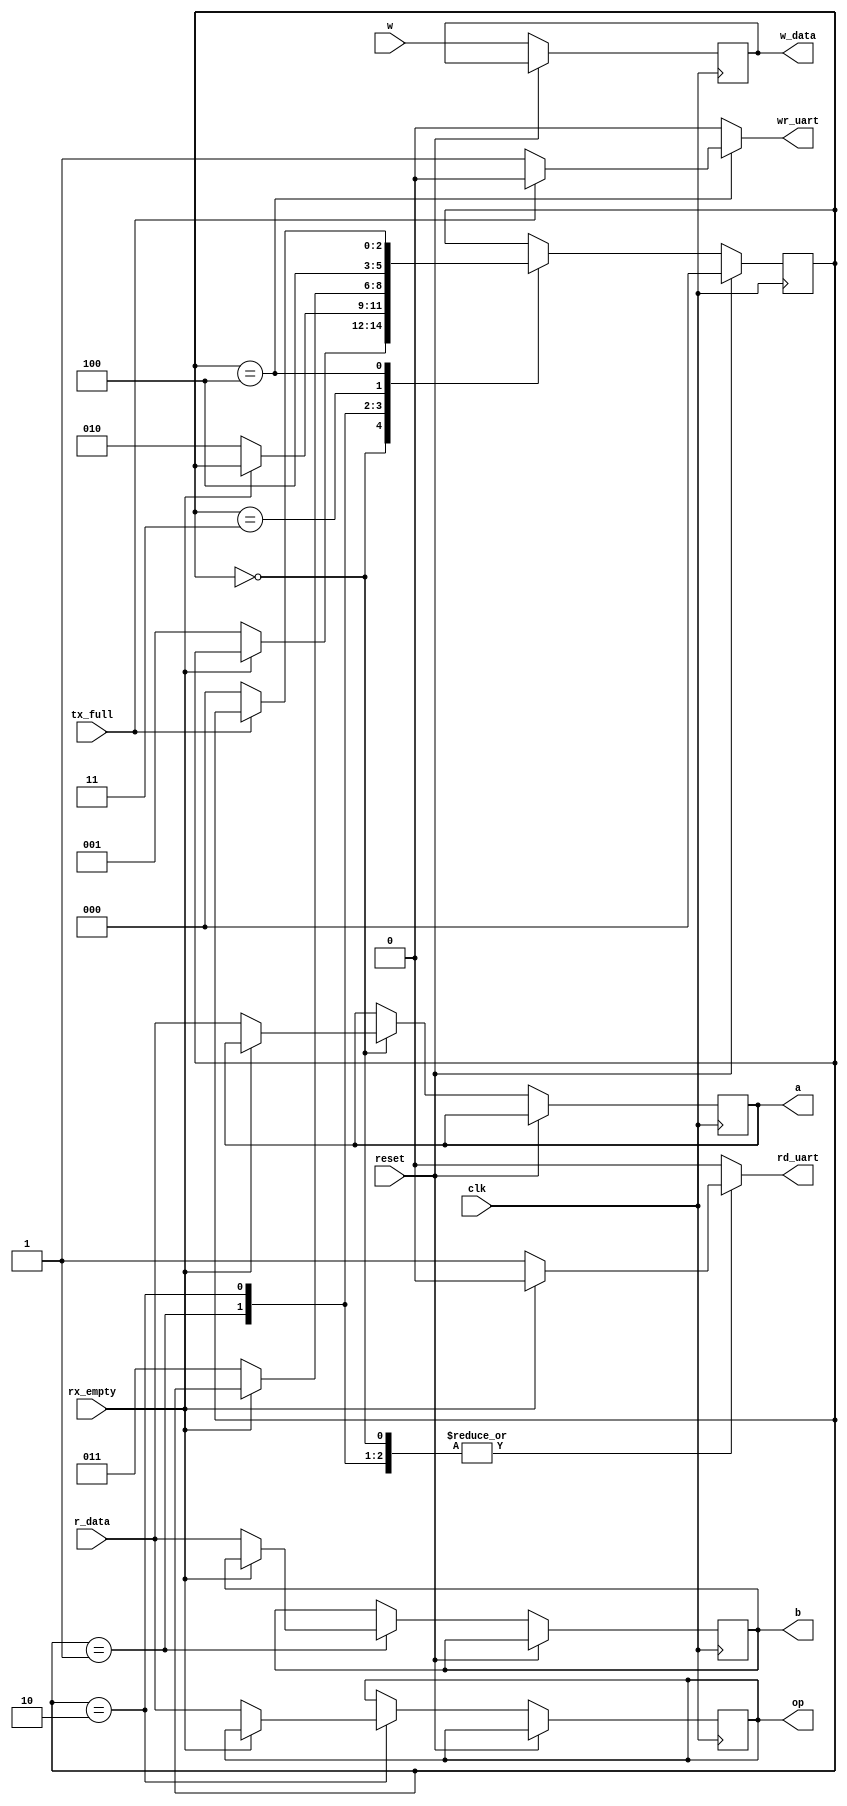
`timescale 1us / 1ns
//////////////////////////////////////////////////////////////////////////////////
// Company: 
// Engineer: 
// 
// Design Name: 
// Module Name:    Uart_Interface 
// Project Name: 
// Target Devices: 
// Tool versions: 
// Description: 
//
// Dependencies: 
//
// Revision: 
// Revision 0.01 - File Created
// Additional Comments: 
//
//////////////////////////////////////////////////////////////////////////////////
module Uart_Interface
#(parameter REG_SIZE=8)
					(  input wire clk, reset, 
						output reg rd_uart, wr_uart, 
						output reg [7:0] w_data , 
						input wire tx_full ,rx_empty, 
						input wire [7:0] r_data,
						
						output reg signed[REG_SIZE-1:0]a,
						output reg signed[REG_SIZE-1:0]b,
						output reg [REG_SIZE-1:0]op,
						input signed [REG_SIZE-1:0]w
					);

//  symbolic state  declaration 
localparam  [2:0]
	num1  =  3'b000, //lectura operando1
	num2  =  3'b001, //lectura operando2
	opr   =  3'b010,//lectura operador
	wr		=  3'b011,//
	send	=	3'b100;//transmito el resultado 
	
//  signal  declaration 
reg [2:0] state, next_state;
reg [REG_SIZE-1:0] a_state, b_state, op_state;

//  FSMD  state  &  data  registers 
always @(posedge clk) 
begin
	if (reset)
		begin
			state <= num1;
		end
	else
		begin
			state <= next_state;
			a <= a_state;
			b <= b_state;
			op <= op_state;
			w_data <= w;
		end
end

always @*
begin
	next_state = state;	
	a_state = a;
	b_state = b;
	op_state = op;
	case(state)
		num1:
			if(~rx_empty)//si el buffer de recepcion esta lleno
				begin
					a_state = r_data;//defino el valor de 'a' para el prox clock
					next_state = num2;//defino siguiente estado para el prox clock
					rd_uart = 1'b1;//bajo el flag del buff_rx (leido)
					wr_uart = 1'b0;//set flag del buff_tx = 0 (todava no transmito)
				end
			else 
				begin
					rd_uart= 1'b0;//de lo contrario espero en el mismo estado para recibir
					wr_uart = 1'b0;
				end
		num2:
			if(~rx_empty)//idem  para 'b'
				begin
					b_state = r_data;
					next_state = opr;
					rd_uart = 1'b1;
					wr_uart = 1'b0;
				end
			else 
				begin
					rd_uart= 1'b0;
					wr_uart = 1'b0;
				end
		opr:
			if(~rx_empty)//idem para 'op'
				begin
					op_state = r_data;
					next_state = wr;	
					rd_uart = 1'b1;
					wr_uart = 1'b0;
				end
			else 
				begin
					rd_uart= 1'b0;
					wr_uart = 1'b0;
				end
		wr:			
			begin
				wr_uart = 1'b0;
				rd_uart= 1'b0;
				next_state= send;
			end
		send:		//Envio el resultado
			if(~tx_full)//si el buffer de transmision no esta lleno
				begin
					wr_uart = 1'b1;//set flag para cargar el dato al buff y transmitir
					rd_uart= 1'b0;
					next_state= num1;//siguinte estado num1
				end
			else 
				begin
					rd_uart= 1'b0;
					wr_uart = 1'b0;
				end
	   default:
			begin
				wr_uart = 1'b0;
				rd_uart= 1'b0;
			end
	endcase
end

endmodule